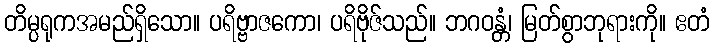
တိမ္ပရုကအမည်ရှိသော။ ပရိဗ္ဗာဇကော၊ ပရိဗိုဇ်သည်။ ဘဂဝန္တံ၊ မြတ်စွာဘုရားကို။ ဧတံ